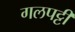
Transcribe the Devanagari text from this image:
गलपट्टी